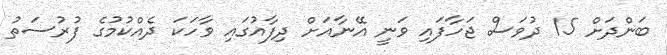
ބަންދަށް 15 ދުވަސް ޖަހާފައި ވަނީ އޭނާއަށް ދިފާއުގައި ވާހަކަ ދެއްކުމުގެ ފުރުސަތު